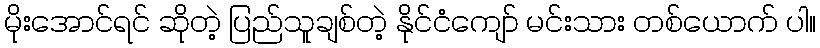
မိုးအောင်ရင် ဆိုတဲ့ ပြည်သူချစ်တဲ့ နိုင်ငံကျော် မင်းသား တစ်ယောက် ပါ။